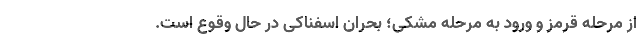
از مرحله قرمز و ورود به مرحله مشکی؛ بحران اسفناکی در حال وقوع است.